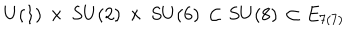
LaTeX: U ( 1 ) \, \times \, S U ( 2 ) \, \times \, S U ( 6 ) \, \subset S U ( 8 ) \, \subset E _ { 7 ( 7 ) }